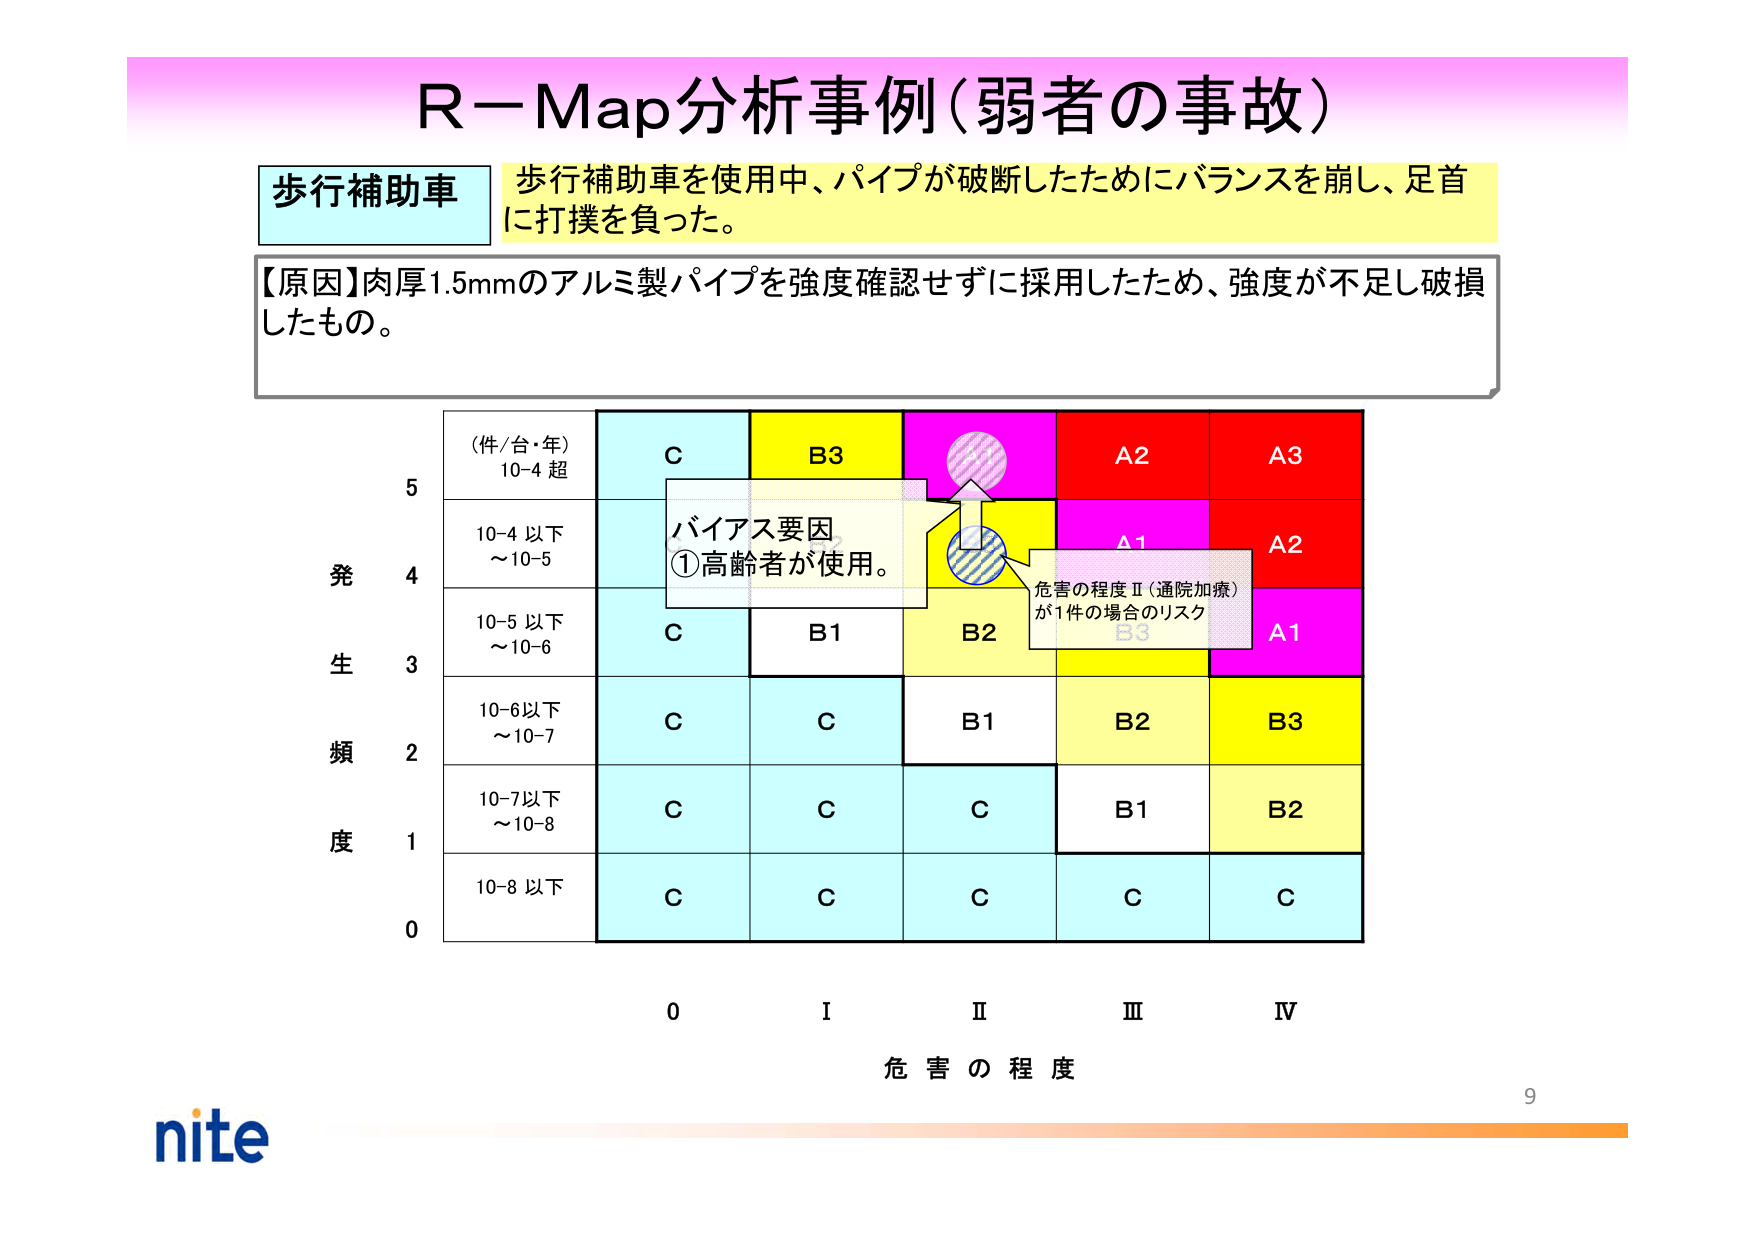
R－Map分析事例（弱者の事故）

歩行補助車
歩行補助車を使用中、パイプが破断したためにバランスを崩し、足首に打撲を負った。

【原因】肉厚1.5mmのアルミ製パイプを強度確認せずに採用したため、強度が不足し破損したもの。

（件/台・年）
10-4 超
C
B3
A2
A3

10-4 以下
～10-5
C
B1
B2
A1
A2

10-5 以下
～10-6
C
B1
B2
B3
A1

10-6以下
～10-7
C
C
B1
B2
B3

10-7以下
～10-8
C
C
C
B1
B2

10-8 以下
C
C
C
C
C

0
I
II
III
IV

発生頻度
危害の程度

バイアス要因
①高齢者が使用。

危害の程度Ⅱ（通院加療）
が1件の場合のリスク

nite
9